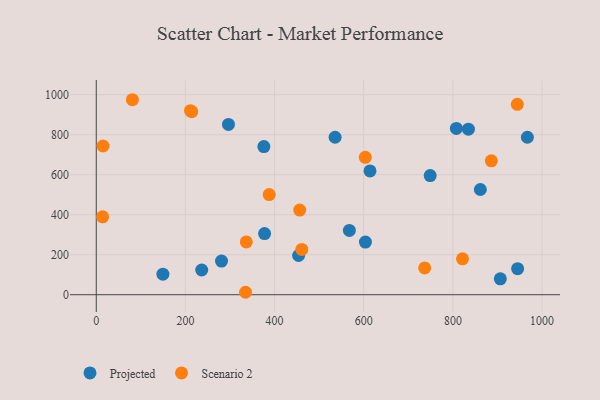
{"axis": {"x": "Investment", "y": "Sales"}, "legend": ["Projected", "Scenario 2"], "data": [{"x": "296.6", "y": 851.6, "type": "Projected"}, {"x": "535.8", "y": 787.2, "type": "Projected"}, {"x": "614.1", "y": 618.7, "type": "Projected"}, {"x": "236.6", "y": 123.5, "type": "Projected"}, {"x": "376.0", "y": 740.6, "type": "Projected"}, {"x": "906.4", "y": 79.3, "type": "Projected"}, {"x": "861.6", "y": 526.0, "type": "Projected"}, {"x": "945.2", "y": 130.4, "type": "Projected"}, {"x": "149.5", "y": 102.7, "type": "Projected"}, {"x": "603.8", "y": 263.2, "type": "Projected"}, {"x": "377.6", "y": 305.7, "type": "Projected"}, {"x": "807.8", "y": 831.6, "type": "Projected"}, {"x": "834.8", "y": 827.7, "type": "Projected"}, {"x": "967.1", "y": 787.4, "type": "Projected"}, {"x": "749.1", "y": 595.6, "type": "Projected"}, {"x": "567.8", "y": 321.6, "type": "Projected"}, {"x": "281.0", "y": 168.0, "type": "Projected"}, {"x": "453.9", "y": 196.1, "type": "Projected"}, {"x": "456.4", "y": 423.4, "type": "Scenario 2"}, {"x": "214.3", "y": 915.1, "type": "Scenario 2"}, {"x": "387.9", "y": 500.7, "type": "Scenario 2"}, {"x": "81.1", "y": 974.9, "type": "Scenario 2"}, {"x": "336.6", "y": 264.0, "type": "Scenario 2"}, {"x": "334.9", "y": 12.2, "type": "Scenario 2"}, {"x": "886.2", "y": 669.2, "type": "Scenario 2"}, {"x": "14.3", "y": 389.3, "type": "Scenario 2"}, {"x": "736.8", "y": 134.0, "type": "Scenario 2"}, {"x": "15.2", "y": 743.6, "type": "Scenario 2"}, {"x": "944.5", "y": 951.8, "type": "Scenario 2"}, {"x": "461.1", "y": 226.6, "type": "Scenario 2"}, {"x": "211.4", "y": 920.1, "type": "Scenario 2"}, {"x": "603.5", "y": 686.7, "type": "Scenario 2"}, {"x": "821.6", "y": 179.2, "type": "Scenario 2"}]}